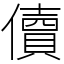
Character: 儥